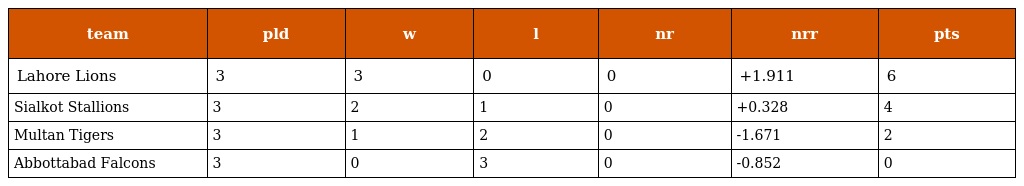
| team | pld | w | l | nr | nrr | pts |
 | --- | --- | --- | --- | --- | --- | --- |
 | Lahore Lions | 3 | 3 | 0 | 0 | +1.911 | 6 |
 | Sialkot Stallions | 3 | 2 | 1 | 0 | +0.328 | 4 |
 | Multan Tigers | 3 | 1 | 2 | 0 | -1.671 | 2 |
 | Abbottabad Falcons | 3 | 0 | 3 | 0 | -0.852 | 0 |